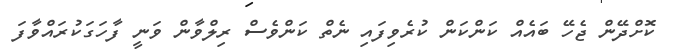
ކޮށްދޭން ޖެހޭ ބައެއް ކަންކަން ކުރެވިފައި ނެތް ކަންވެސް ރިލްވާން ވަނީ ފާހަގަކުރައްވާފަ